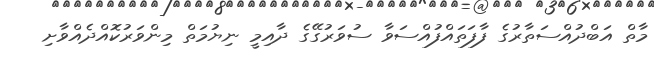
މާތް އަބްދުއްސަތާރުގެ ފާފަތައްފުއްސަވާ ސުވަރުގޭގެ ދާއިމީ ނިޔުމަތް މިންވަރުކޮއްދެއްވާށި